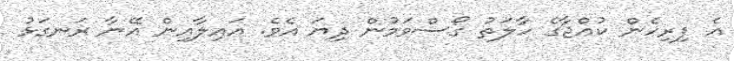
އެ ފިރިހެން ކުއްޖާގެ ހާލަތު ގޯސްވަމުން ދިޔަ އެވެ. އައިލާއިން އޭނާ ރަނގަޅު